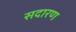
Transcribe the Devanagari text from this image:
सदारण